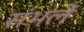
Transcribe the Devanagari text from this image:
संभलें